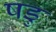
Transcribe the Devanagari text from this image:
षडु